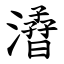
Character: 㵫